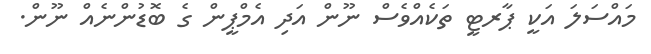
މައްސަލަ އަކީ ޕާރޓީ ތަކެއްވެސް ނޫން އަދި އެމްޕީން ގެ ބޮޑުންނެއް ނޫން.